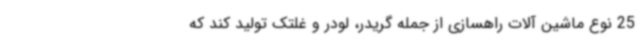
25 نوع ماشین آلات راهسازی از جمله گریدر، لودر و غلتک تولید کند که